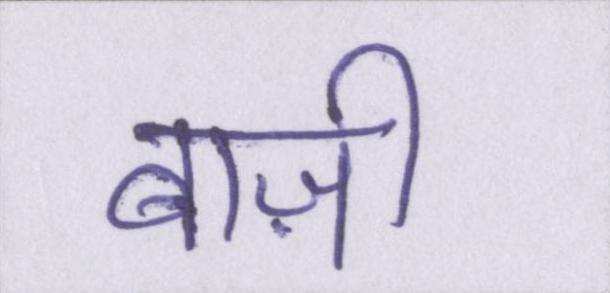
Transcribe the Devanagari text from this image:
बाज़ी